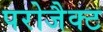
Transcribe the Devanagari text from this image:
परोजैक्ट